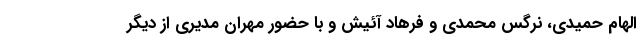
الهام حمیدی، نرگس محمدی و فرهاد آئیش و با حضور مهران مدیری از دیگر